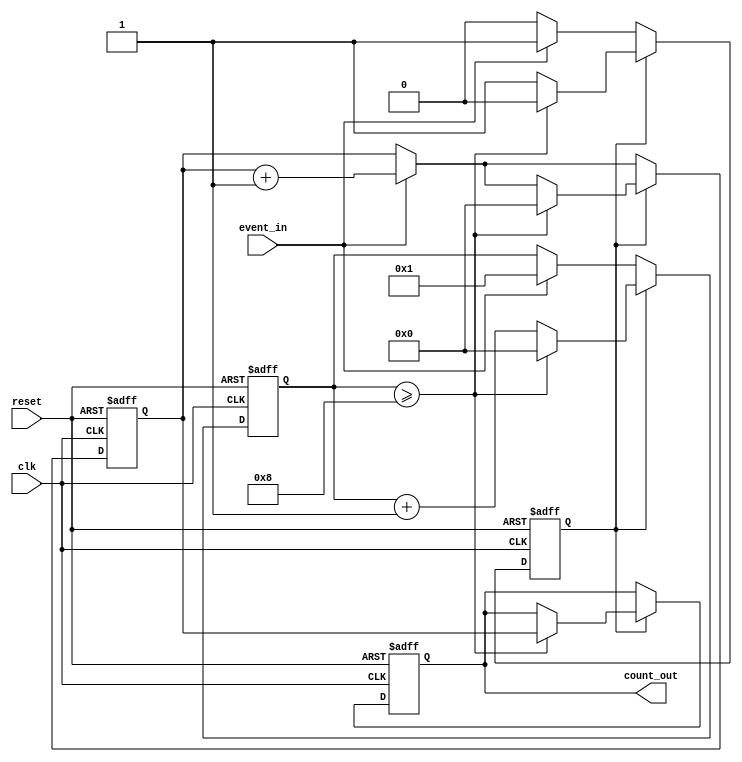
module windowed_counter #(
    parameter WINDOW_SIZE = 8  // Configurable window size (in clock cycles)
)(
    input wire clk,            // Clock signal
    input wire reset,          // Asynchronous reset
    input wire event_in,       // Event signal to be counted
    output reg [31:0] count_out // Count output (32-bit)
);

    reg [31:0] count;          // Counter for event occurrences
    reg [31:0] window_timer;   // Timer for the window period
    reg window_active;         // Flag to indicate if the window is active

    // Asynchronous reset and counting logic
    always @(posedge clk or posedge reset) begin
        if (reset) begin
            count <= 32'b0;           // Reset count to zero
            count_out <= 32'b0;       // Reset output count to zero
            window_timer <= 32'b0;    // Reset window timer
            window_active <= 1'b0;     // Deactivate window
        end else begin
            if (window_active) begin
                // Increment count on event
                if (event_in) begin
                    count <= count + 1;
                end
                
                // Increment window timer
                window_timer <= window_timer + 1;
                
                // Check if the window timer has reached the limit
                if (window_timer >= WINDOW_SIZE) begin
                    window_active <= 1'b0; // Deactivate window
                    count_out <= count;    // Latch the count value
                    count <= 32'b0;        // Optional: Reset count after window
                    window_timer <= 32'b0; // Reset window timer
                end
            end else begin
                // Start new counting window on event
                if (event_in) begin
                    count <= count + 1;    // Start counting immediately on event
                    window_active <= 1'b1;  // Activate window
                    window_timer <= 32'b1;  // Start the window timer
                end
            end
        end
    end

endmodule